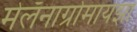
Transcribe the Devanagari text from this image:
मेलँनाग्रोमायझा